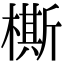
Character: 㯕